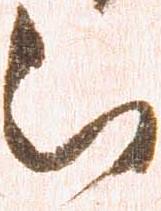
被